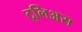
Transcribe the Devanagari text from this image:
टूलिअस